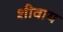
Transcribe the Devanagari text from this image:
शीवाय